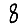
Digit: 8